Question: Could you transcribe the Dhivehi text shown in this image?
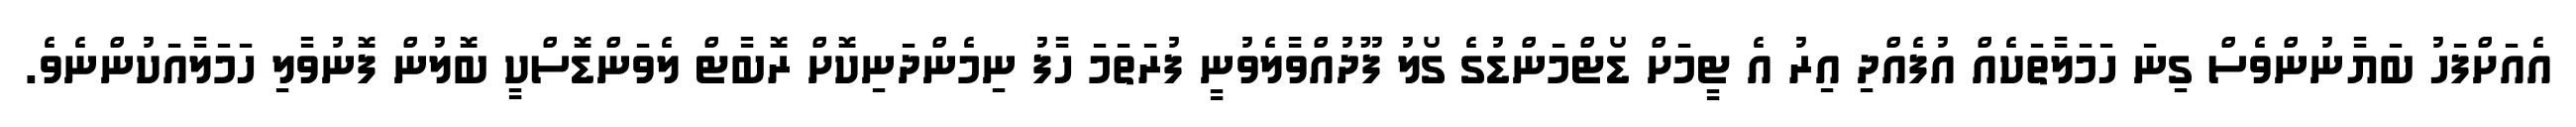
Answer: އެއަށްފަހު ބަޔާނުންވެސް ގިނަ ހަމަލާތަކެއް އުފެއްދި އިރު އެ ޓީމަށް ޑޯޓްމަންޑުގެ ގޯލު ފޫދުއްވާލެވުނީ ފުރަތަމަ ހާފު ނިމެންދަނިކޮށް ރޮބާޓް ލެވަންޑޮސްކީ ބޮލުން ފޮނުވާލި ހަމަލާއަކުންނެވެ.